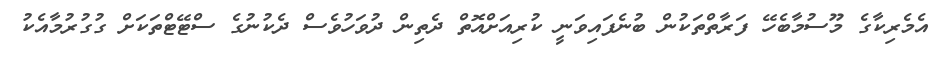
އެމެރިކާގެ މޫސުމާބެހޭ ފަރާތްތަކުން ބުނެފައިވަނީ ކުރިއަށްއޮތް ދެތިން ދުވަހުވެސް ދެކުނުގެ ސްޓޭޓްތަކަށް ގުގުރުމާއެކު